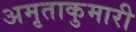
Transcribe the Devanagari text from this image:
अमृताकुमारी